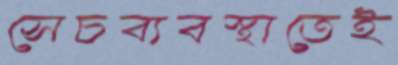
সেচব্যবস্থাতেই